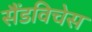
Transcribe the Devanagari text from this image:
सैंडविचेस